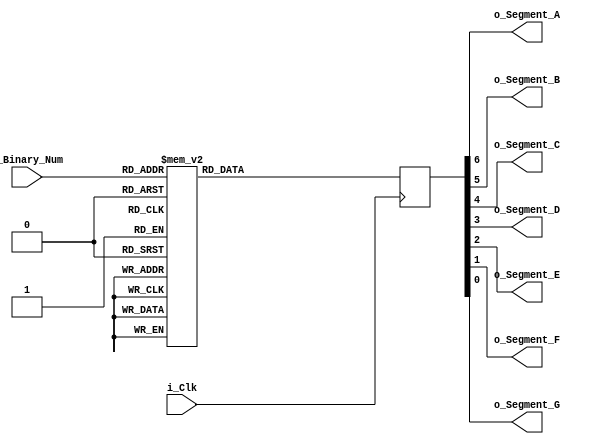
// individual segments of a 7-Segment LED in order to display the digit.
// Hex encoding table can be viewed at:
// http://en.wikipedia.org/wiki/Seven-segment_display
///////////////////////////////////////////////////////////////////////////////
 
module Binary_To_7Segment 
  (
   input       i_Clk,
   input [3:0] i_Binary_Num,
   output      o_Segment_A,
   output      o_Segment_B,
   output      o_Segment_C,
   output      o_Segment_D,
   output      o_Segment_E,
   output      o_Segment_F,
   output      o_Segment_G
   );
 
  reg [6:0]    r_Hex_Encoding = 7'h00;
   
  // Purpose: Creates a case statement for all possible input binary numbers.
  // Drives r_Hex_Encoding appropriately for each input combination.
  always @(posedge i_Clk)
    begin
      case (i_Binary_Num)
        4'b0000 : r_Hex_Encoding <= 7'h7E;
        4'b0001 : r_Hex_Encoding <= 7'h30;
        4'b0010 : r_Hex_Encoding <= 7'h6D;
        4'b0011 : r_Hex_Encoding <= 7'h79;
        4'b0100 : r_Hex_Encoding <= 7'h33;          
        4'b0101 : r_Hex_Encoding <= 7'h5B;
        4'b0110 : r_Hex_Encoding <= 7'h5F;
        4'b0111 : r_Hex_Encoding <= 7'h70;
        4'b1000 : r_Hex_Encoding <= 7'h7F;
        4'b1001 : r_Hex_Encoding <= 7'h7B;
        4'b1010 : r_Hex_Encoding <= 7'h77;
        4'b1011 : r_Hex_Encoding <= 7'h1F;
        4'b1100 : r_Hex_Encoding <= 7'h4E;
        4'b1101 : r_Hex_Encoding <= 7'h3D;
        4'b1110 : r_Hex_Encoding <= 7'h4F;
        4'b1111 : r_Hex_Encoding <= 7'h47;
      endcase
    end // always @ (posedge i_Clk)
 
  // r_Hex_Encoding[7] is unused
  assign o_Segment_A = r_Hex_Encoding[6];
  assign o_Segment_B = r_Hex_Encoding[5];
  assign o_Segment_C = r_Hex_Encoding[4];
  assign o_Segment_D = r_Hex_Encoding[3];
  assign o_Segment_E = r_Hex_Encoding[2];
  assign o_Segment_F = r_Hex_Encoding[1];
  assign o_Segment_G = r_Hex_Encoding[0];
 
endmodule // Binary_To_7Segment